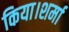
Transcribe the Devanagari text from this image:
किया।शर्मा